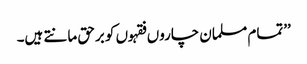
’’تمام مسلمان چاروں فقہوں کو برحق مانتے ہیں۔